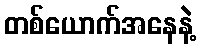
တစ်ယောက်အနေနဲ့